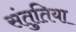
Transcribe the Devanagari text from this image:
संतुतिया